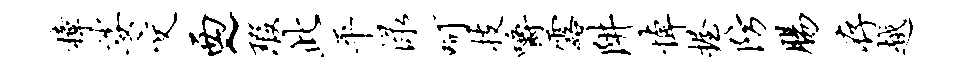
樟娑交西~瑕此平渌呵技嚼露阱悼握防肠存越